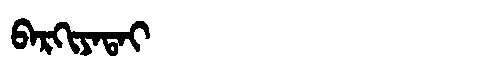
Manchu: ᠪᠠᡵᡴᡳᠶᠠᡨᠠᡳ
Romanization: BARKIYATAI